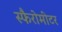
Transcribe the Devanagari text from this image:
स्फैरोमीटर